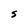
Character: S